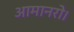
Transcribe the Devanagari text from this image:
आमानरो।